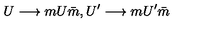
U \longrightarrow m U \bar { m } , U ^ { \prime } \longrightarrow m U ^ { \prime } \bar { m }